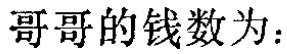
哥哥的钱数为：